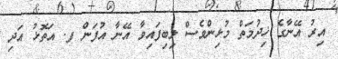
އިރު އޭނާގެ ޚިދުމަތް މުޅިންވެސް ލިބިފައިވާ އޭނާ އުފަން ފ. އަތޮޅު އަދި